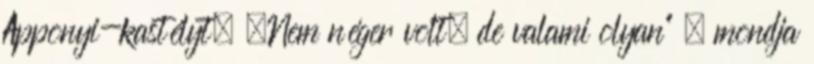
Apponyi-kastélyt. „Nem néger volt, de valami olyan” – mondja